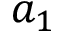
a _ { 1 }